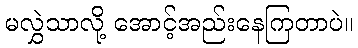
မလွှဲသာလို့ အောင့်အည်းနေကြတာပဲ။